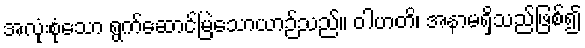
အလုံးစုံသော ရွက်ဆောင်မြဲသောယာဉ်သည်။ ဝါဟတိ၊ အနာမရှိသည်ဖြစ်၍